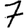
Digit: 7